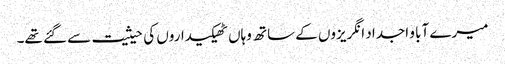
میرے آبا و اجداد انگریزوں کے ساتھ وہاں ٹھیکیداروں کی حیثیت سے گئے تھے۔